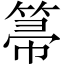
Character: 箒